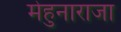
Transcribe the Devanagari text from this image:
मेहुनाराजा